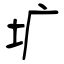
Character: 圹